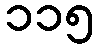
၁၁၅